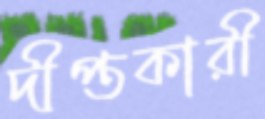
দীপ্তকারী